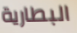
البطارية